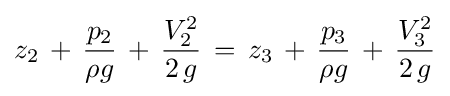
z_{2}\,+\,{\frac {p_{2}}{\rho g}}\,+\,{\frac {V_{2}^{2}}{2\,g}}\,=\,z_{3}\,+\,{\frac {p_{3}}{\rho g}}\,+\,{\frac {V_{3}^{2}}{2\,g}}